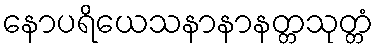
နောပရိယေသနာနာနတ္တသုတ္တံ